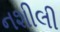
નશીલી